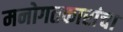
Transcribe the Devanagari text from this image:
मनोगतकारांचा